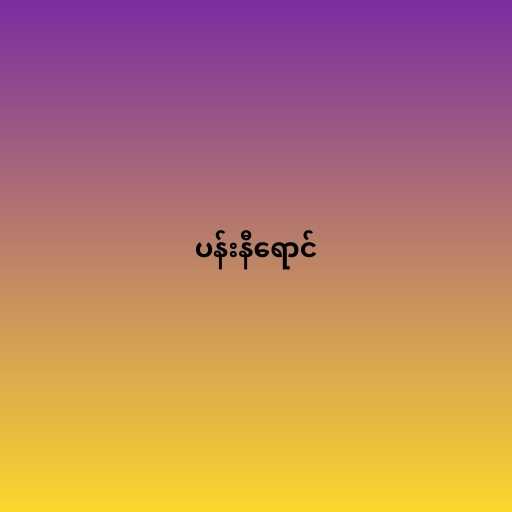
ပန်းနီရောင်